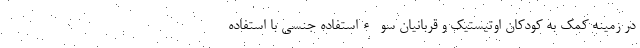
در زمینه کمک به کودکان اوتیستیک و قربانیان سو ءاستفاده جنسی با استفاده